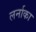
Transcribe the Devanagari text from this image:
लर्नाका